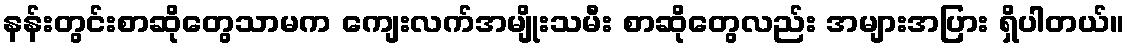
နန်းတွင်းစာဆိုတွေသာမက ကျေးလက်အမျိုးသမီး စာဆိုတွေလည်း အများအပြား ရှိပါတယ်။